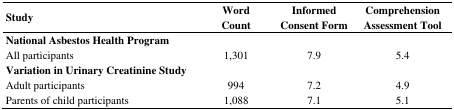
| Study | Word Count | Informed Consent Form | Comprehension Assessment Tool |
 | --- | --- | --- | --- |
 | National Asbestos Health Program |  |  |  |
 | All participants | 1,301 | 7.9 | 5.4 |
 | Variation in Urinary Creatinine Study |  |  |  |
 | Adult participants | 994 | 7.2 | 4.9 |
 | Parents of child participants | 1,088 | 7.1 | 5.1 |